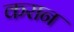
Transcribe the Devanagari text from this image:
करान